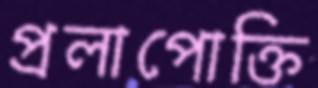
প্রলাপোক্তি